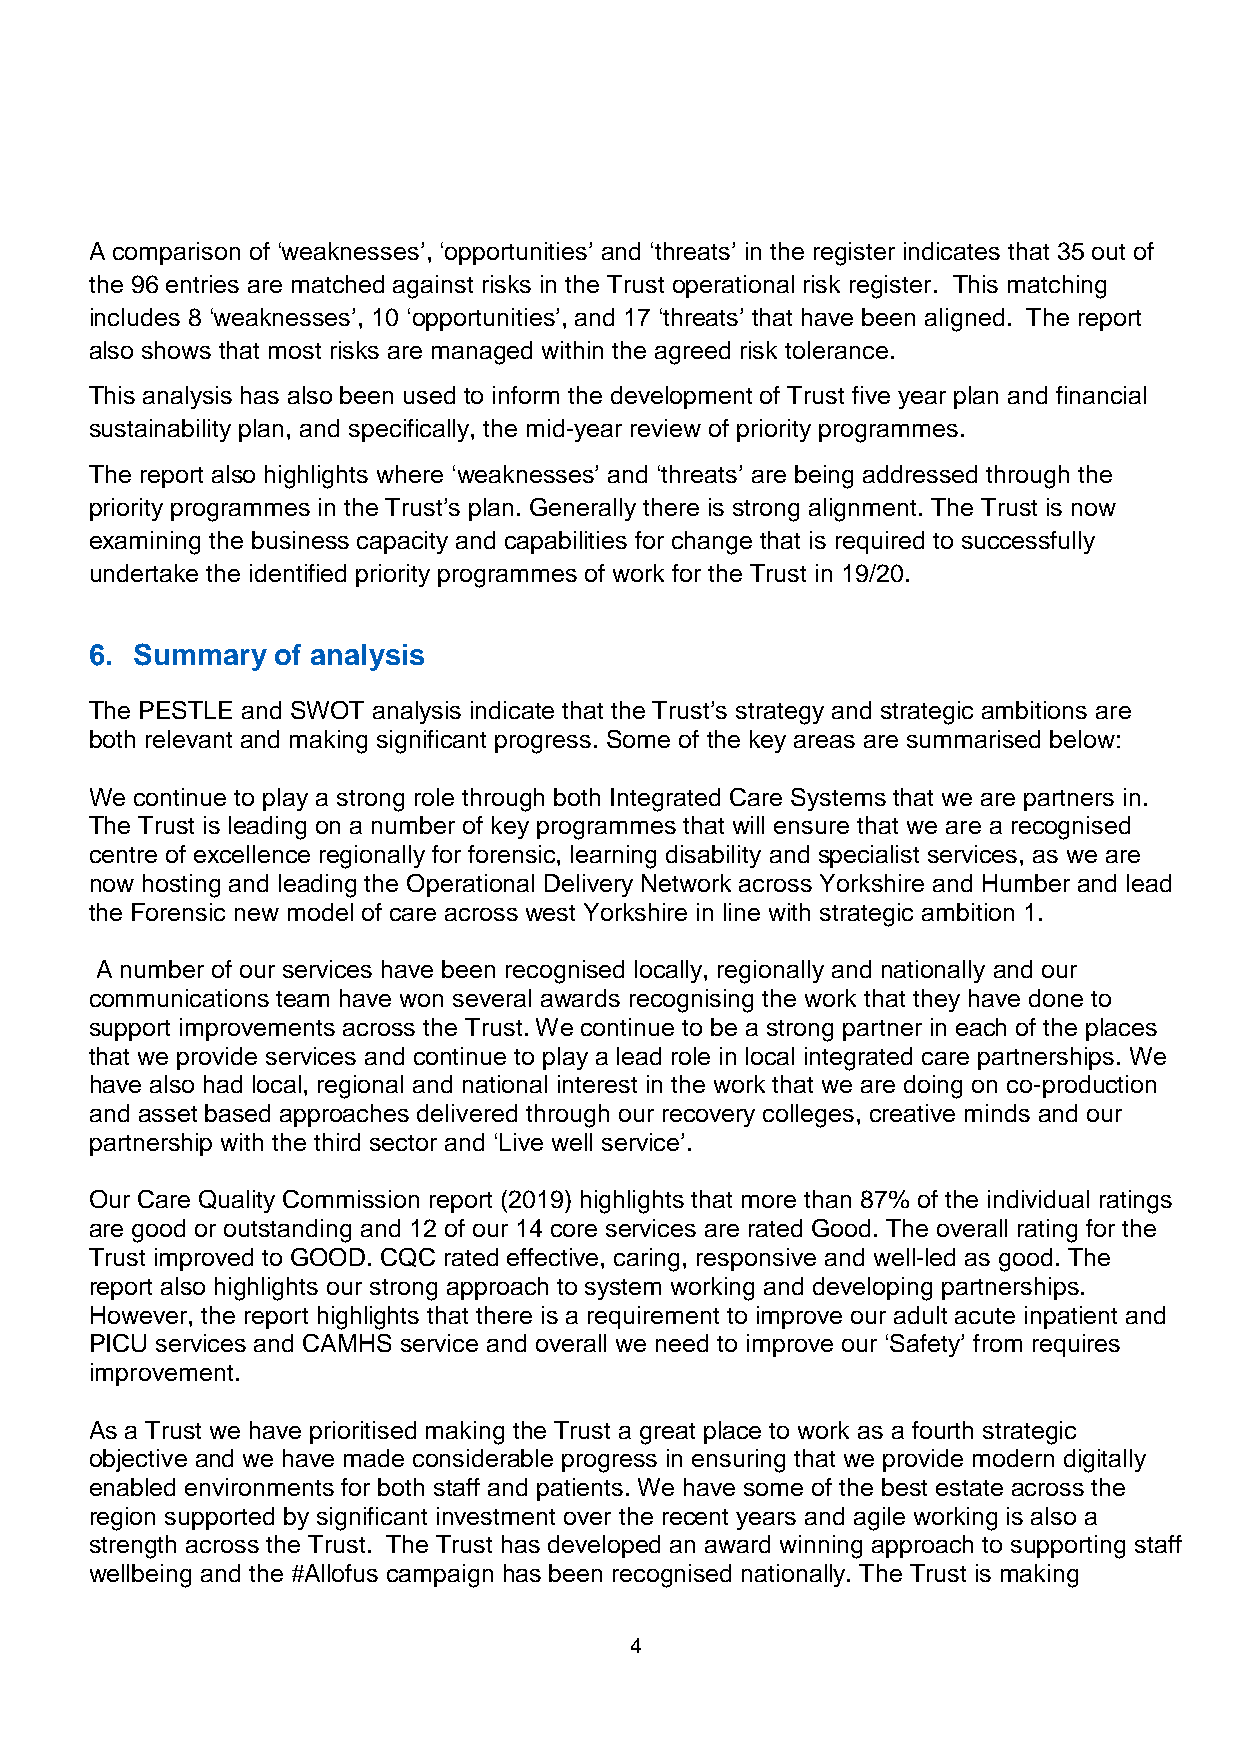
A comparison of ‘weaknesses’, ‘opportunities’ and ‘threats’ in the register indicates that 35 out of
 the 96 entries are matched against risks in the Trust operational risk register. This matching
 includes 8 ‘weaknesses’, 10 ‘opportunities’, and 17 ‘threats’ that have been aligned. The report
 also shows that most risks are managed within the agreed risk tolerance.
 This analysis has also been used to inform the development of Trust five year plan and financial
 sustainability plan, and specifically, the mid-year review of priority programmes.
 The report also highlights where ‘weaknesses’ and ‘threats’ are being addressed through the
 priority programmes in the Trust’s plan. Generally there is strong alignment. The Trust is now
 examining the business capacity and capabilities for change that is required to successfully
 undertake the identified priority programmes of work for the Trust in 19/20.
 6. Summary  of analysis
 The PESTLE and SWOT analysis indicate that the Trust’s strategy and strategic ambitions are
 both relevant and making significant progress. Some of the key areas are summarised below:
 We continue to play a strong role through both Integrated Care Systems that we are partners in.
 The Trust is leading on a number of key programmes that will ensure that we are a recognised
 centre of excellence regionally for forensic, learning disability and specialist services, as we are
 now hosting and leading the Operational Delivery Network across Yorkshire and Humber and lead
 the Forensic new model of care across west Yorkshire in line with strategic ambition 1.
 A number of our services have been recognised locally, regionally and nationally and our
 communications team have won several awards recognising the work that they have done to
 support improvements across the Trust. We continue to be a strong partner in each of the places
 that we provide services and continue to play a lead role in local integrated care partnerships. We
 have also had local, regional and national interest in the work that we are doing on co-production
 and asset based approaches delivered through our recovery colleges, creative minds and our
 partnership with the third sector and ‘Live well service’.
 Our Care Quality Commission report (2019) highlights that more than 87% of the individual ratings
 are good or outstanding and 12 of our 14 core services are rated Good. The overall rating for the
 Trust improved to GOOD. CQC rated effective, caring, responsive and well-led as good. The
 report also highlights our strong approach to system working and developing partnerships.
 However, the report highlights that there is a requirement to improve our adult acute inpatient and
 PICU services and CAMHS service and overall we need to improve our ‘Safety’ from requires
 improvement.
 As a Trust we have prioritised making the Trust a great place to work as a fourth strategic
 objective and we have made considerable progress in ensuring that we provide modern digitally
 enabled environments for both staff and patients. We have some of the best estate across the
 region supported by significant investment over the recent years and agile working is also a
 strength across the Trust. The Trust has developed an award winning approach to supporting staff
 wellbeing and the #Allofus campaign has been recognised nationally. The Trust is making
 4